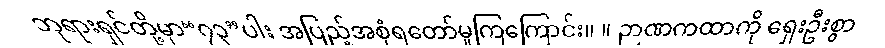
ဘုရားရှင်တို့မှာ“၇၃”ပါး အပြည့်အစုံရတော်မူကြကြောင်း။ ။ ဉာဏကထာကို ရှေးဦးစွာ